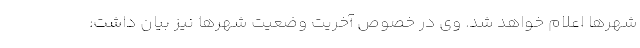
شهرها اعلام خواهد شد. وی در خصوص آخریت وضعیت شهرها نیز بیان داشت: